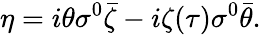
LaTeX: \eta=i\theta\sigma^{0}\bar{\zeta}-i\zeta(\tau)\sigma^{0}\bar{\theta}.